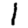
Digit: 1